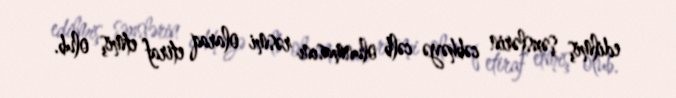
edilmiş şəxslərin cəbhəyə cəlb olunmasını rəsmi olaraq etiraf etmiş olub.